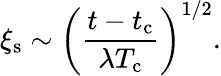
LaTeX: \xi_{\mathrm{s}}\sim\left(\frac{t-t_{\mathrm{c}}}{\lambda T_{\mathrm{c}}}\right)^{1/2}.